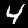
Label: 4